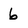
Character: 6